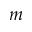
m